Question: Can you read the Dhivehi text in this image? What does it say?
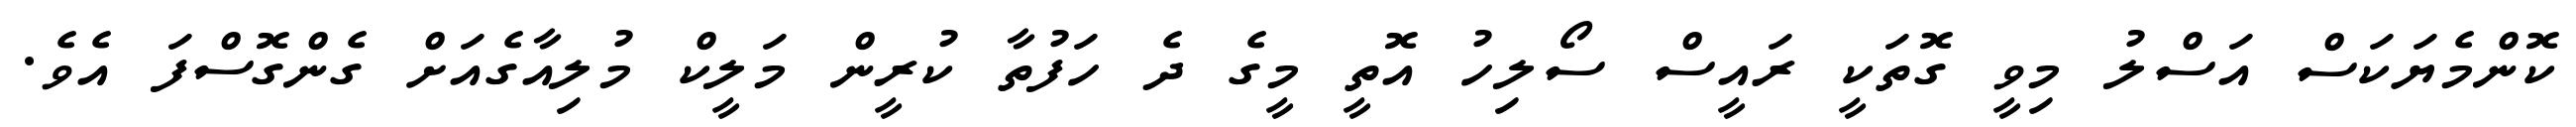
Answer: ކޮންމެޔަކަސް އަސްލު މިވީ ގޮތަކީ ރައީސް ސޯލިހު އޮތީ މީގެ ދެ ހަފުތާ ކުރީން މަލީކް މުލިއާގެއަށް ގެންގޮސްފަ އެވެ.